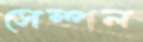
সেম্পল